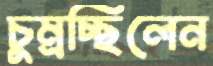
চুম্‌রচ্ছিলেন